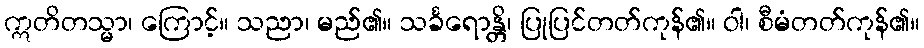
ဣတိတသ္မာ၊ ကြောင့်။ သညာ၊ မည်၏။ သင်္ခရောန္တိ၊ ပြုပြင်တတ်ကုန်၏။ ဝါ၊ စီမံတတ်ကုန်၏။